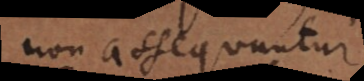
non assequuntur.